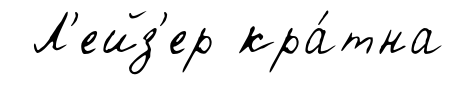
Л'ейз'ер кра́тна